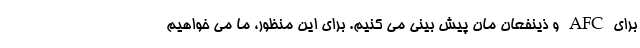
برای AFC و ذینفعان مان پیش بینی می کنیم. برای این منظور، ما می خواهیم